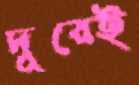
দূরেই